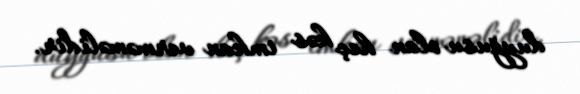
duyğusu olan heç kəs imkan verməməlidir.